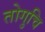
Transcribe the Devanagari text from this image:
तोगुचि